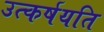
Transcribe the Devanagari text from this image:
उत्कर्षयति